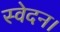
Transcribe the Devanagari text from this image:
स्वेदन।